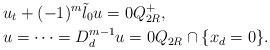
\begin{align*}&u_t+(-1)^m {\tilde\l_0} u=0Q_{2R}^+,\\&u=\cdots=D_d^{m-1}u=0Q_{2R}\cap\{x_d=0\}.\end{align*}